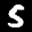
Label: 5